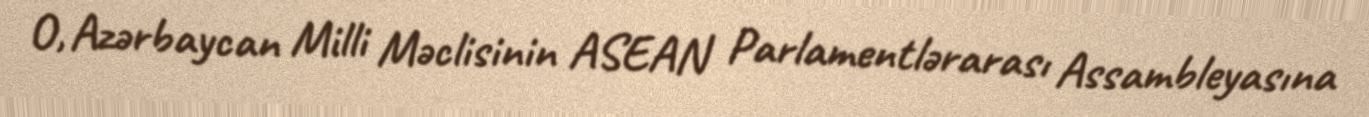
O, Azərbaycan Milli Məclisinin ASEAN Parlamentlərarası Assambleyasına